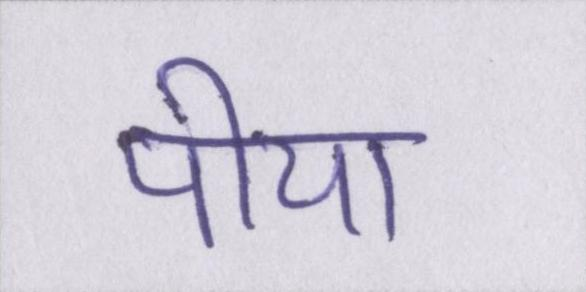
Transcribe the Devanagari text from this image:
पीया